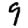
Digit: 9